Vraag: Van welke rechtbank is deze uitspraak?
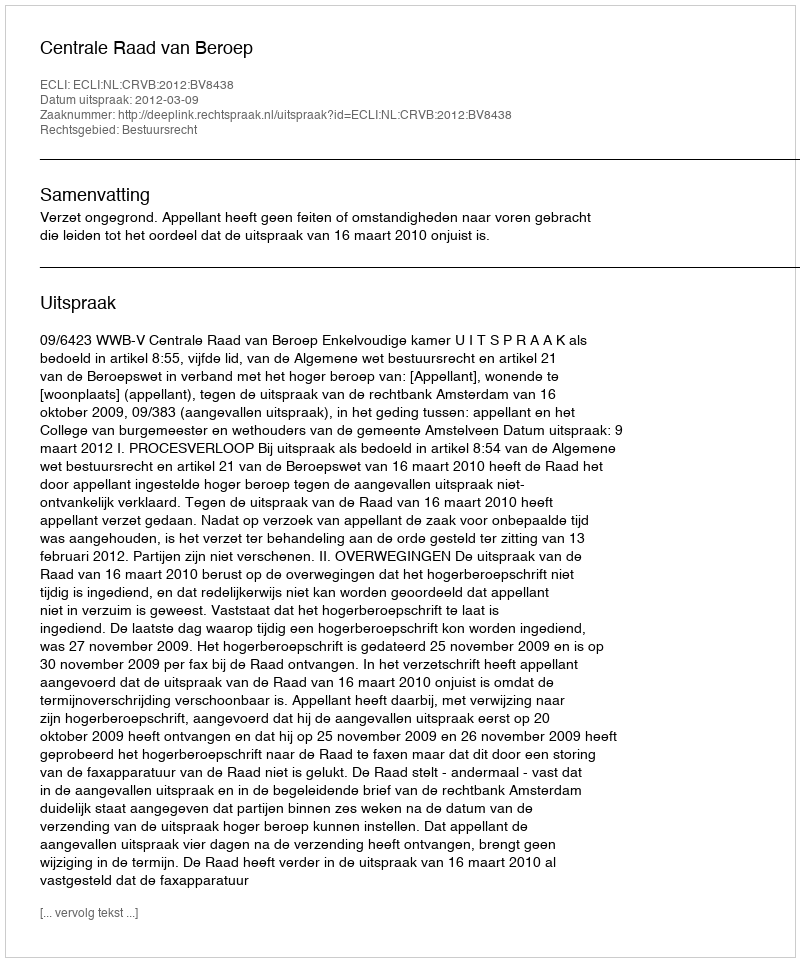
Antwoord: Centrale Raad van Beroep